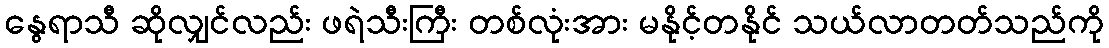
နွေရာသီ ဆိုလျှင်လည်း ဖရဲသီးကြီး တစ်လုံးအား မနိုင့်တနိုင် သယ်လာတတ်သည်ကို